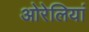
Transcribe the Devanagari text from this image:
ओरेलियां